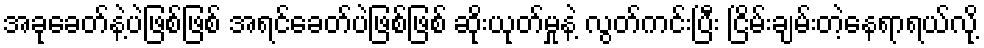
အခုခေတ်နဲ့ပဲဖြစ်ဖြစ် အရင်ခေတ်ပဲဖြစ်ဖြစ် ဆိုးယုတ်မှုနဲ့ လွတ်ကင်းပြီး ငြိမ်းချမ်းတဲ့နေရာရယ်လို့